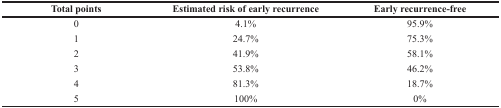
| Total points | Estimated risk of early recurrence | Early recurrence-free |
 | --- | --- | --- |
 | 0 | 4.1% | 95.9% |
 | 1 | 24.7% | 75.3% |
 | 2 | 41.9% | 58.1% |
 | 3 | 53.8% | 46.2% |
 | 4 | 81.3% | 18.7% |
 | 5 | 100% | 0% |